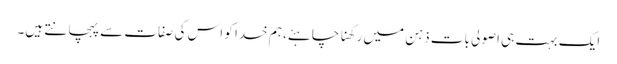
ایک بہت ہی اصولی بات ذہن میں رکھنا چاہئے، ہم خدا کو اس کی صفات سے پہچانتے ہیں۔